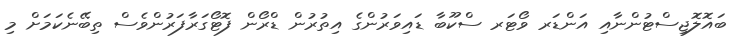
ބައޮލޮޖިސްޓުންނާއި އަންޑަރ ވޯޓަރ ސްކޫބާ ޑައިވަރުންގެ އިތުރުން ޑްރޯން ފޮޓޯގަރާފަރުންވެސް ތިބޭނެކަމަށް މި